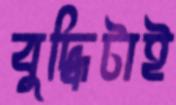
বুদ্ধিটাই